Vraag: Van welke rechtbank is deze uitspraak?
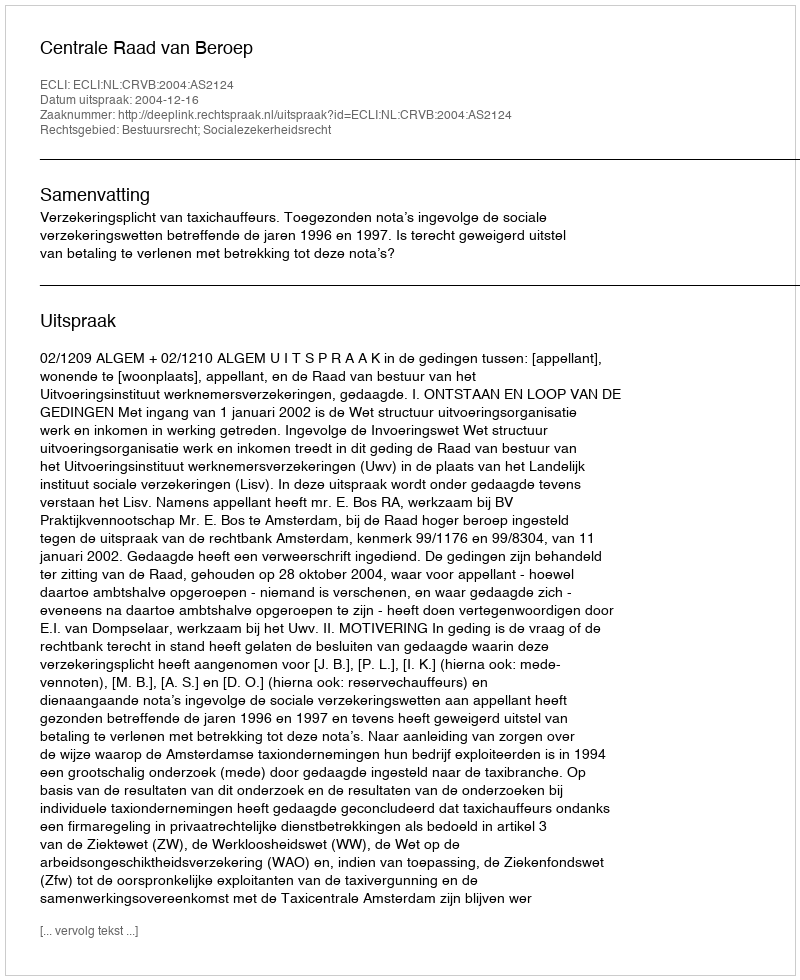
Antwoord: Centrale Raad van Beroep